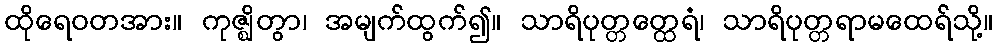
ထိုရေဝတအား။ ကုဇ္ဈိတွာ၊ အမျက်ထွက်၍။ သာရိပုတ္တတ္ထေရံ၊ သာရိပုတ္တရာမထေရ်သို့။